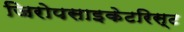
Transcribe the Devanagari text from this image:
जिरोपसाइकेटरिस्ट